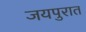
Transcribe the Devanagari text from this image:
जयपुरात